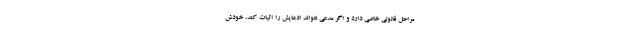
مراحل قانونی خاصی دارد و اگر مدعی نتواند ادعایش را اثبات کند، خودش